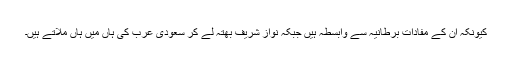
کیونکہ ان کے مفادات برطانیہ سے وابسطہ ہیں جبکہ نواز شریف بھتہ لے کر سعودی عرب کی ہاں میں ہاں ملاتے ہیں۔